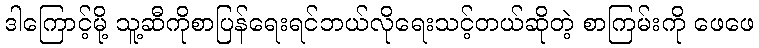
ဒါကြောင့်မို့ သူ့ဆီကိုစာပြန်ရေးရင်ဘယ်လိုရေးသင့်တယ်ဆိုတဲ့ စာကြမ်းကို ဖေဖေ